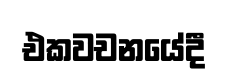
එකවචනයේදී